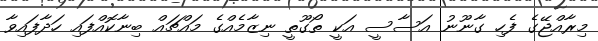
މިރާއްޖޭގެ ފެހި ގާނޫނު އަސާސީ އަކީ ތޯގޫތީ ނިޒާމެއްގެ މައްޗައް ބިނާކޮއްފައި ހަދާފައިވާ